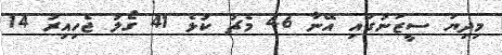
މިދިޔަ ސީޒަނުގައި އޭނާ 46 މެޗު ކުޅެ 41 ގޯލު ޖެހިއިރު 14